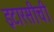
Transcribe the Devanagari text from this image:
इटारसीची